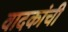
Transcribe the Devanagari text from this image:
वादकांची